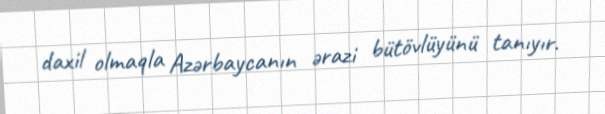
daxil olmaqla Azərbaycanın ərazi bütövlüyünü tanıyır.